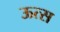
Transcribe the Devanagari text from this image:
ऊत्स